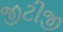
જીટીજી